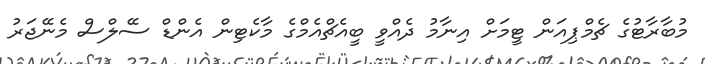
މުބާރާޓުގެ ޗެމްޕިއަން ޓީމަށް އިނާމު ދެއްވީ ބީއެޗްއެމްގެ މާކެޓިން އެންޑް ސޭލްސް މެނޭޖަރު